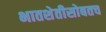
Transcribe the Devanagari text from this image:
भातशेतीसोबतच